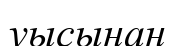
уысынан